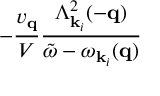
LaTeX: - \frac { v _ { { \bf { q } } } } { V } \frac { \Lambda _ { { \bf { k } } _ { i } } ^ { 2 } ( - { \bf { q } } ) } { { \tilde { \omega } } - \omega _ { { \bf { k } } _ { i } } ( { \bf { q } } ) }